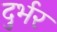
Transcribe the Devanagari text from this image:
दुर्भर